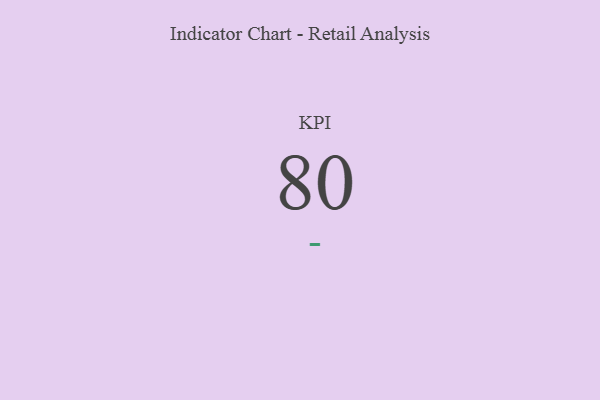
{"axis": {"x": "KPI", "y": "Value"}, "legend": [""], "data": [{"x": "KPI", "y": 80, "type": ""}]}